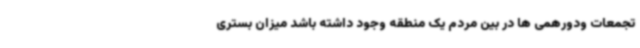
تجمعات ودورهمی ها در بین مردم یک منطقه وجود داشته باشد میزان بستری